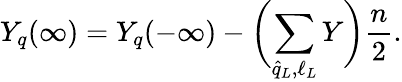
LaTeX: Y_{q}(\infty)=Y_{q}(-\infty)-\biggl(\sum_{\hat{q}_{L},\ell_{L}}Y\biggr)\frac{n}{2}.